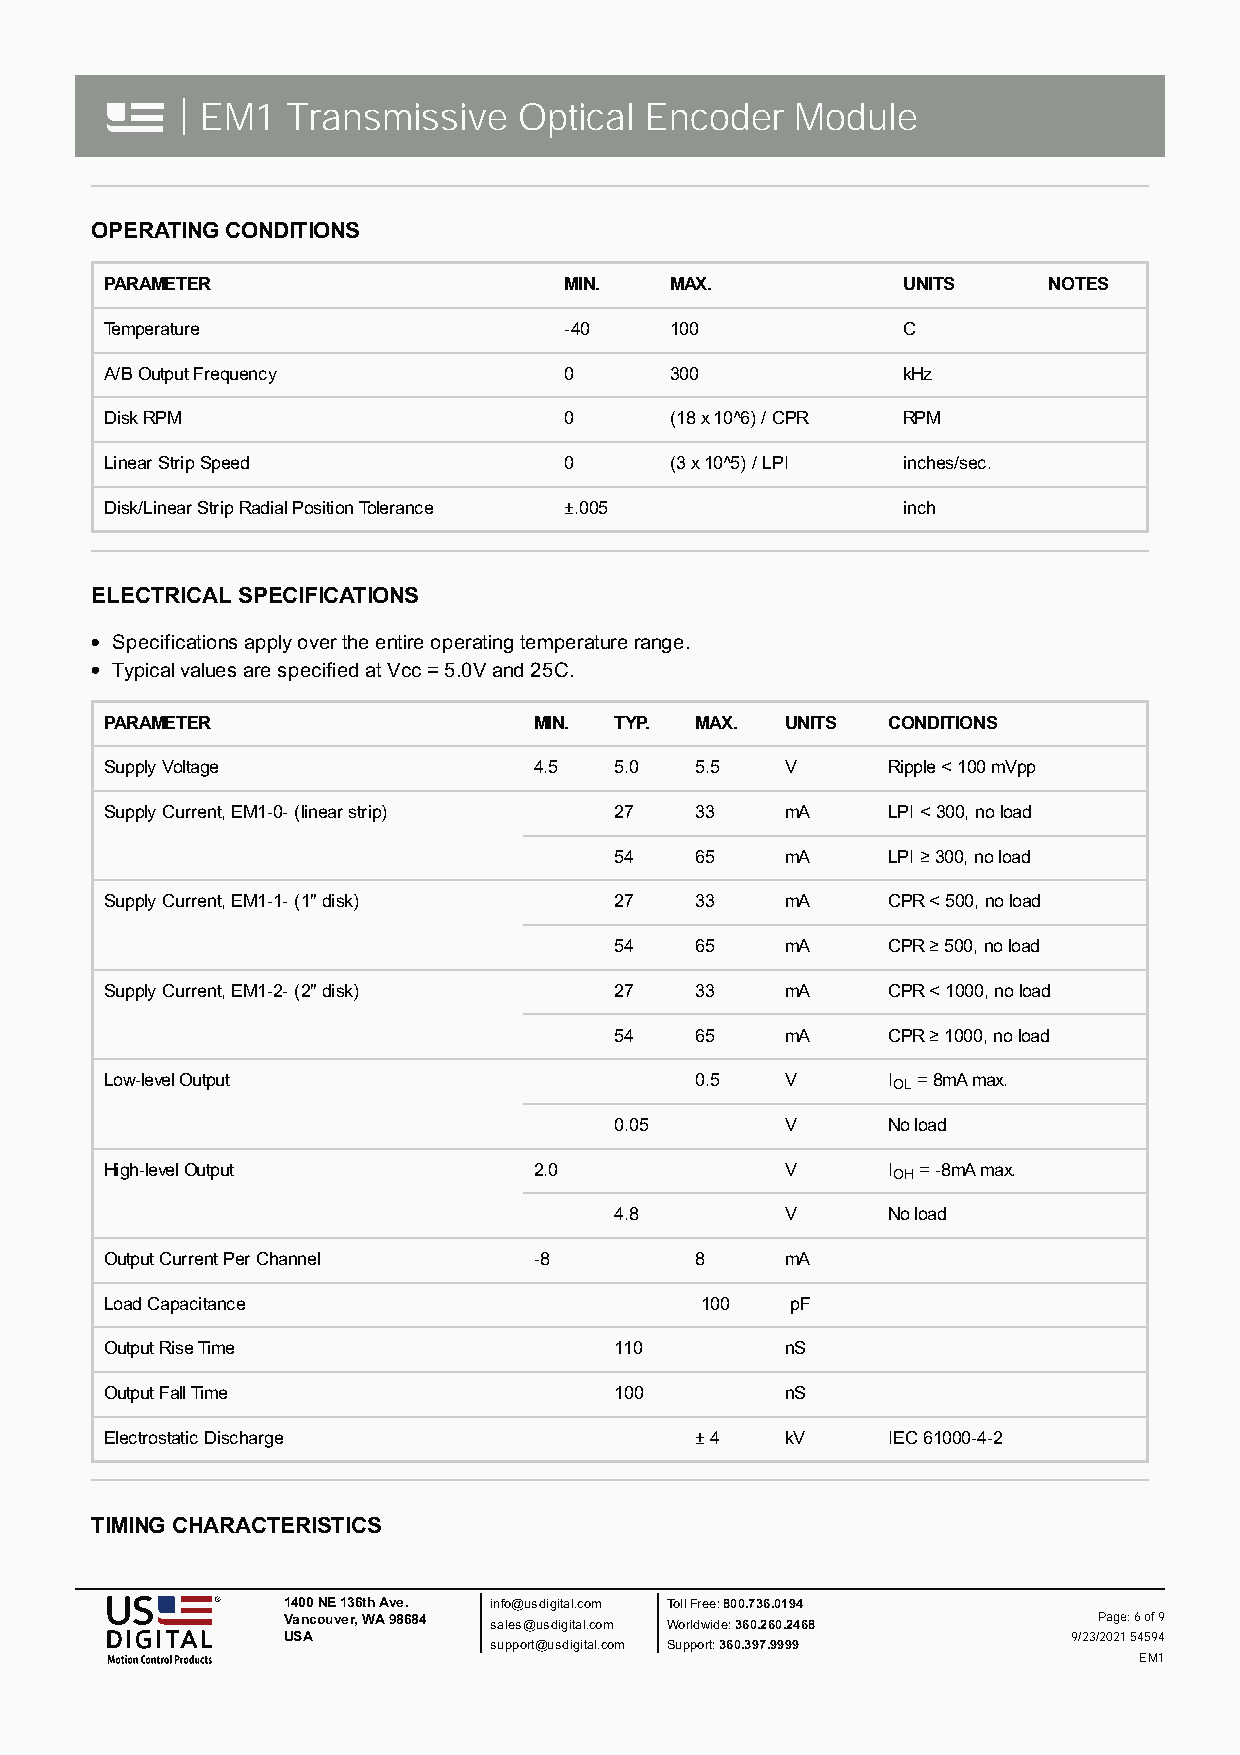
| EM1  Transmissive   Optical  Encoder   Module
 OPERATING CONDITIONS
 PARAMETER                     MIN.   MAX.            UNITS    NOTES
 Temperature                   -40    100             C
 A/B Output Frequency          0      300             kHz
 Disk RPM                      0      (18 x 10^6) / CPR RPM
 Linear Strip Speed            0      (3 x 10^5) / LPI inches/sec.
 Disk/Linear Strip Radial Position Tolerance ±.005    inch
 ELECTRICAL SPECIFICATIONS
 Specifications apply over the entire operating temperature range.
 Typical values are specified at Vcc = 5.0V and 25C.
 PARAMETER                   MIN.  TYP. MAX.  UNITS  CONDITIONS
 Supply Voltage              4.5   5.0  5.5   V      Ripple < 100 mVpp
 Supply Current, EM1-0- (linear strip) 27 33  mA     LPI < 300, no load
 54   65    mA     LPI ≥ 300, no load
 Supply Current, EM1-1- (1" disk)  27   33    mA     CPR < 500, no load
 54   65    mA     CPR ≥ 500, no load
 Supply Current, EM1-2- (2" disk)  27   33    mA     CPR < 1000, no load
 54   65    mA     CPR ≥ 1000, no load
 Low-level Output                       0.5   V      I = 8mA max.
 OL
 0.05       V      No load
 High-level Output           2.0              V      I = -8mA max.
 OH
 4.8        V      No load
 Output Current Per Channel  -8         8     mA
 Load Capacitance                       100   pF
 Output Rise Time                  110        nS
 Output Fall Time                  100        nS
 Electrostatic Discharge                ± 4   kV     IEC 61000-4-2
 TIMING CHARACTERISTICS
 1400 NE 136th Ave. info@usdigital.com Toll Free: 800.736.0194
 Vancouver, WA 98684 sales@usdigital.com Worldwide: 360.260.2468 Page: 6 of 9
 USA                                                 9/23/2021 54594
 support@usdigital.com Support: 360.397.9999
 EM1